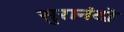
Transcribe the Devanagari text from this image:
सुरानंदो